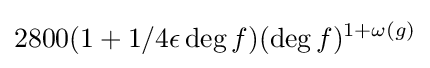
2800(1+1/4\epsilon \deg f)(\deg f)^{1+\omega (g)}